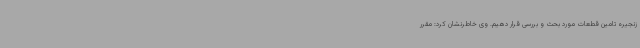
زنجیره تامین قطعات مورد بحث و بررسی قرار دهیم. وی خاطرنشان کرد: مقرر